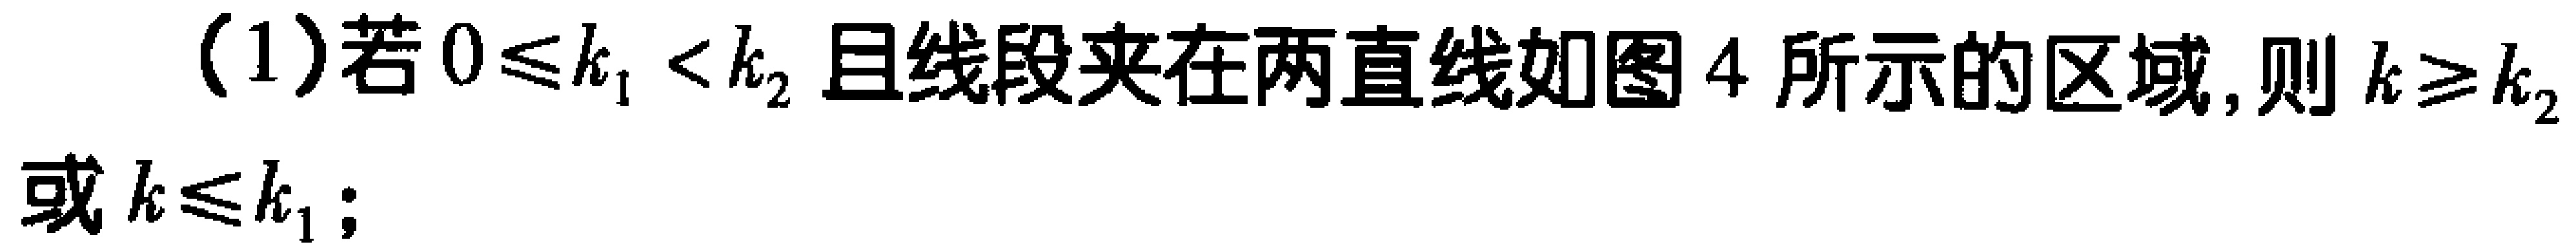
(1)若\(0\leq k_{1}<k_{2}\)且线段夹在两直线如图4所示的区域,则\(k\geq k_{2}\)或\(k\leq k_{1}\);